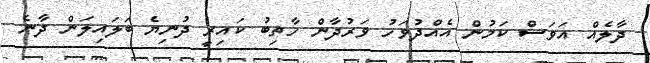
ދާލެއް އަވަސް ކަމުން އެއްދުވަހު ވަރުދާން ހާތިބު ކައިރީ ދުނިޔެ ބަލައިލަން ދާނެ